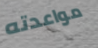
مواعدته